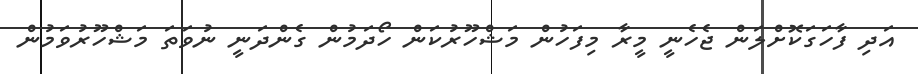
އަދި ފާހަގަކޮށްލަން ޖެހެނީ މީރާ މިފަހުން މަޝްހޫރުކަން ހޯދަމުން ގެންދަނީ ނުވަތަ މަޝްހޫރުވަމުން